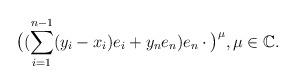
LaTeX: \begin{align*} \big((\sum_{i=1}^{n-1}(y_i-x_i)e_i+y_ne_n)e_n\cdot\big)^{\mu},\mu\in{\mathbb C}.\end{align*}